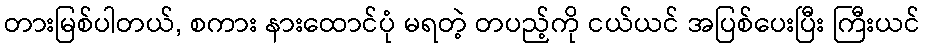
တားမြစ်ပါတယ်, စကား နားထောင်ပုံ မရတဲ့ တပည့်ကို ငယ်ယင် အပြစ်ပေးပြီး ကြီးယင်